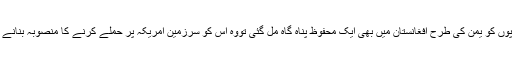
اس حملہ سے یہ بات سامنے آئی کہ اگر دہشت گرد گروپوں کو یمن کی طرح افغانستان میں بھی ایک محفوظ پناہ گاہ مل گئی تووہ اس کو سرزمین امریکہ پر حملے کرنے کا منصوبہ بنانے اورانہیں عملی جامہ پہنانے کے لئے استعمال کریں گے۔